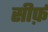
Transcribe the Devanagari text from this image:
सीर्फ़